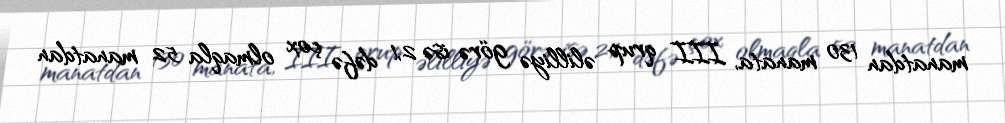
manatdan 130 manata, III qrup əlilliyə görə isə 2,1 dəfə çox olmaqla 52 manatdan